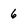
Character: 6